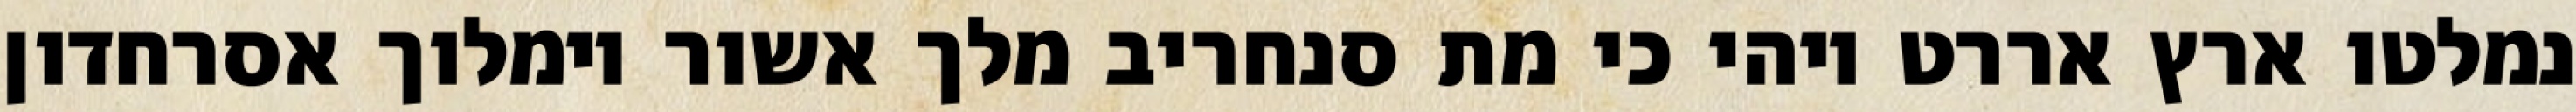
נמלטו ארץ אררט ויהי כי מת סנחריב מלך אשור וימלוך אסרחדון